Report on horse surra - Volume II, Part I
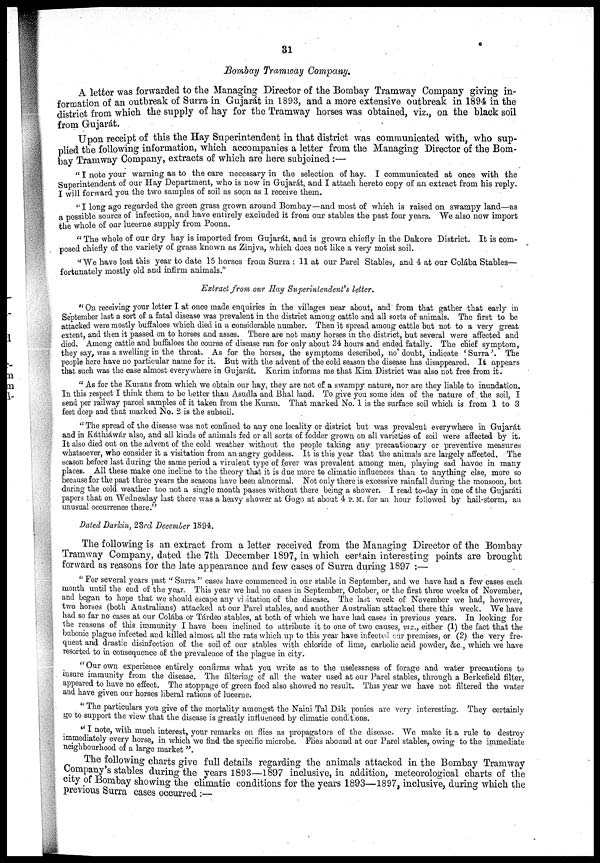
31
Bombay Tramway Company.
A letter was forwarded to the Managing Director of the Bombay Tramway Company giving in¬
formation of an outbreak of Surra in Gujarat in 1893, and a more extensive outbreak in 1894 in the
district from which the supply of hay for the Tramway horses was obtained, viz., on the black soil
from Gujarat.
Upon receipt of this the Hay Superintendent in that district was communicated with, who sup-
plied the following information, which accompanies a letter from the Managing Director of the Bom-
bay Tramway Company, extracts of which are here subjoined :—
" I note your warning as to the care necessary in the selection of hay. I communicated at once with the
Superintendent of our Hay Department, who is now in Gujarát, and I attach hereto copy of an extract from his reply.
I will forward you the two samples of soil as soon as I receive them.
" I long ago regarded the green grass grown around Bombay—and most of which is raised on swampy land—as
a possible source of infection, and have entirely excluded it from our stables the past four years. We also now import
the whole of our lucerne supply from Poona.
" The whole of our dry hay is imported from Gujarát, and is grown chiefly in the Dakore District. It is com-
posed chiefly of the variety of grass known as Zinjva, which does not like a very moist soil.
"We have lost this year to date 15 horses from Surra : 11 at our Parel Stables, and 4 at our Colába Stables—
fortunately mostly old and infirm animals."
Extract from our Hay Superintendent's letter.
" On receiving your letter I at once made enquiries in the villages near about, and from that gather that early in
September last a sort of a fatal disease was prevalent in the district among cattle and all sorts of animals. The first to be
attacked were mostly buffaloes which died in a considerable number. Then it spread among cattle but not to a very great
extent, and then it passed on to horses and asses. There are not many horses in the district, but several were affected and
died. Among cattle and buffaloes the course of disease ran for only about 24 hours and ended fatally. The chief symptom,
they say, was a swelling in the throat. As for the horses, the symptoms described, no doubt, indicate ' Surra '. The
people here have no particular name for it. But with the advent of the cold season the disease has disappeared. It appears
that such was the case almost everywhere in Gujarát. Kurim informs me that Kim District was also not free from it.
" As for the Kurans from which we obtain our hay, they are not of a swampy nature, nor are they liable to inundation.
In this respect I think them to be better than Asudla and Bhal land. To give you some idea of the nature of the soil, I
send per railway parcel samples of it taken from the Kuran. That marked No. 1 is the surface soil which is from 1 to 3
feet deep and that marked No. 2 is the subsoil.
" The spread of the disease was not confined to any one locality or district but was prevalent everywhere in Gujarát
and in Káthiáwár also, and all kinds of animals fed or all sorts of fodder grown on all varieties of soil were affected by it.
It also died out on the advent of the cold weather without the people taking any precautionary or preventive measures
whatsoever, who consider it a visitation from an angry goddess. It is this year that the animals are largely affected. The
season before last during the same period a virulent type of fever was prevalent among men, playing sad havoc in many
places. All these make one incline to the theory that it is due more to climatic influences than to anything else, more so
because for the past three years the seasons have been abnormal. Not only there is excessive rainfall during the monsoon, but
during the cold weather too not a single month passes without there being a shower. I read to-day in one of the Gujaráti
papers that on Wednesday last there was a heavy shower at Gogo at about 4 P.M. for an hour followed by hail-storm, an
unusual occurrence there."
Dated Darkin, 23rd December 1894.
The following is an extract from a letter received from the Managing Director of the Bombay
Tramway Company, dated the 7th December 1897, in which certain interesting points are brought
forward as reasons for the late appearance and few cases of Surra during 1897 :—
" For several years past " Surra " cases have commenced in our stable in September, and we have had a few cases each
month until the end of the year. This year we had no cases in September, October, or the first three weeks of November,
and began to hope that we should escape any visitation of the disease. The last week of November we had, however,
two horses (both Australians) attacked at our Parel stables, and another Australian attacked there this week. We have
had so far no cases at our Colába or Tárdeo stables, at both of which we have had cases in previous years. In looking for
the reasons of this immunity I have been inclined to attribute it to one of two causes, viz., either (1) the fact that the
bubonic plague infected and killed almost all the rats which up to this year have infected our premises, or (2) the very fre-
quent and drastic disinfection of the soil of our stables with chloride of lime, carbolic acid powder, &c., which we have
resorted to in consequence of the prevalence of the plague in city.
" Our own experience entirely confirms what you write as to the uselessness of forage and water precautions to
insure immunity from the disease. The filtering of all the water used at our Parel stables, through a Berkefield filter,
appeared to have no effect. The stoppage of green food also showed no result. This year we have not filtered the water
and have given our horses liberal rations of lucerne.
" The particulars you give of the mortality amongst the Naini Tal Dâk ponies are very interesting. They certainly
go to support the view that the disease is greatly influenced by climatic conditions.
" I note, with much interest, your remarks on flies as propagators of the disease. We make it a rule to destroy
immediately every horse, in which we find the specific microbe. Flies abound at our Parel stables, owing to the immediate
neighbourhood of a large market ".
The following charts give full details regarding the animals attacked in the Bombay Tramway
Company's stables during the years 1893—1897 inclusive, in addition, meteorological charts of the
city of Bombay showing the climatic conditions for the years 1893—1897, inclusive, during which the
previous Surra cases occurred :—